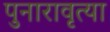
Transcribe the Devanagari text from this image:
पुनारावृत्या